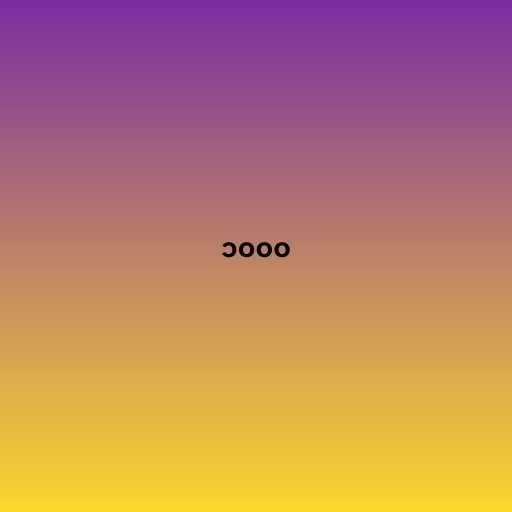
၁၀၀၀